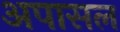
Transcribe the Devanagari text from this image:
अपासल